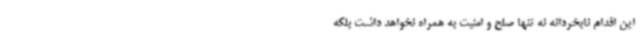
این اقدام نابخردانه نه تنها صلح و امنیت به همراه نخواهد داشت بلکه